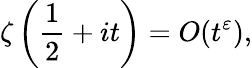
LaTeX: \zeta\left({\frac{1}{2}}+it\right)=O(t^{\varepsilon}),